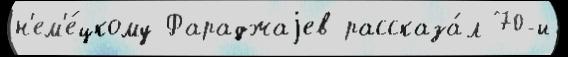
н'ем'е́цкому Фараджаjев рассказа́л 70-и